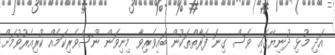
އަދި މުޅި ދުނިޔޭގައި ވެސް ގިނަ ފަރާތްތަކުން ބައިވެރިވާ މިނިވަން ނޫސްވެރިކަމެއް ކުރިއެރުވުމަށް